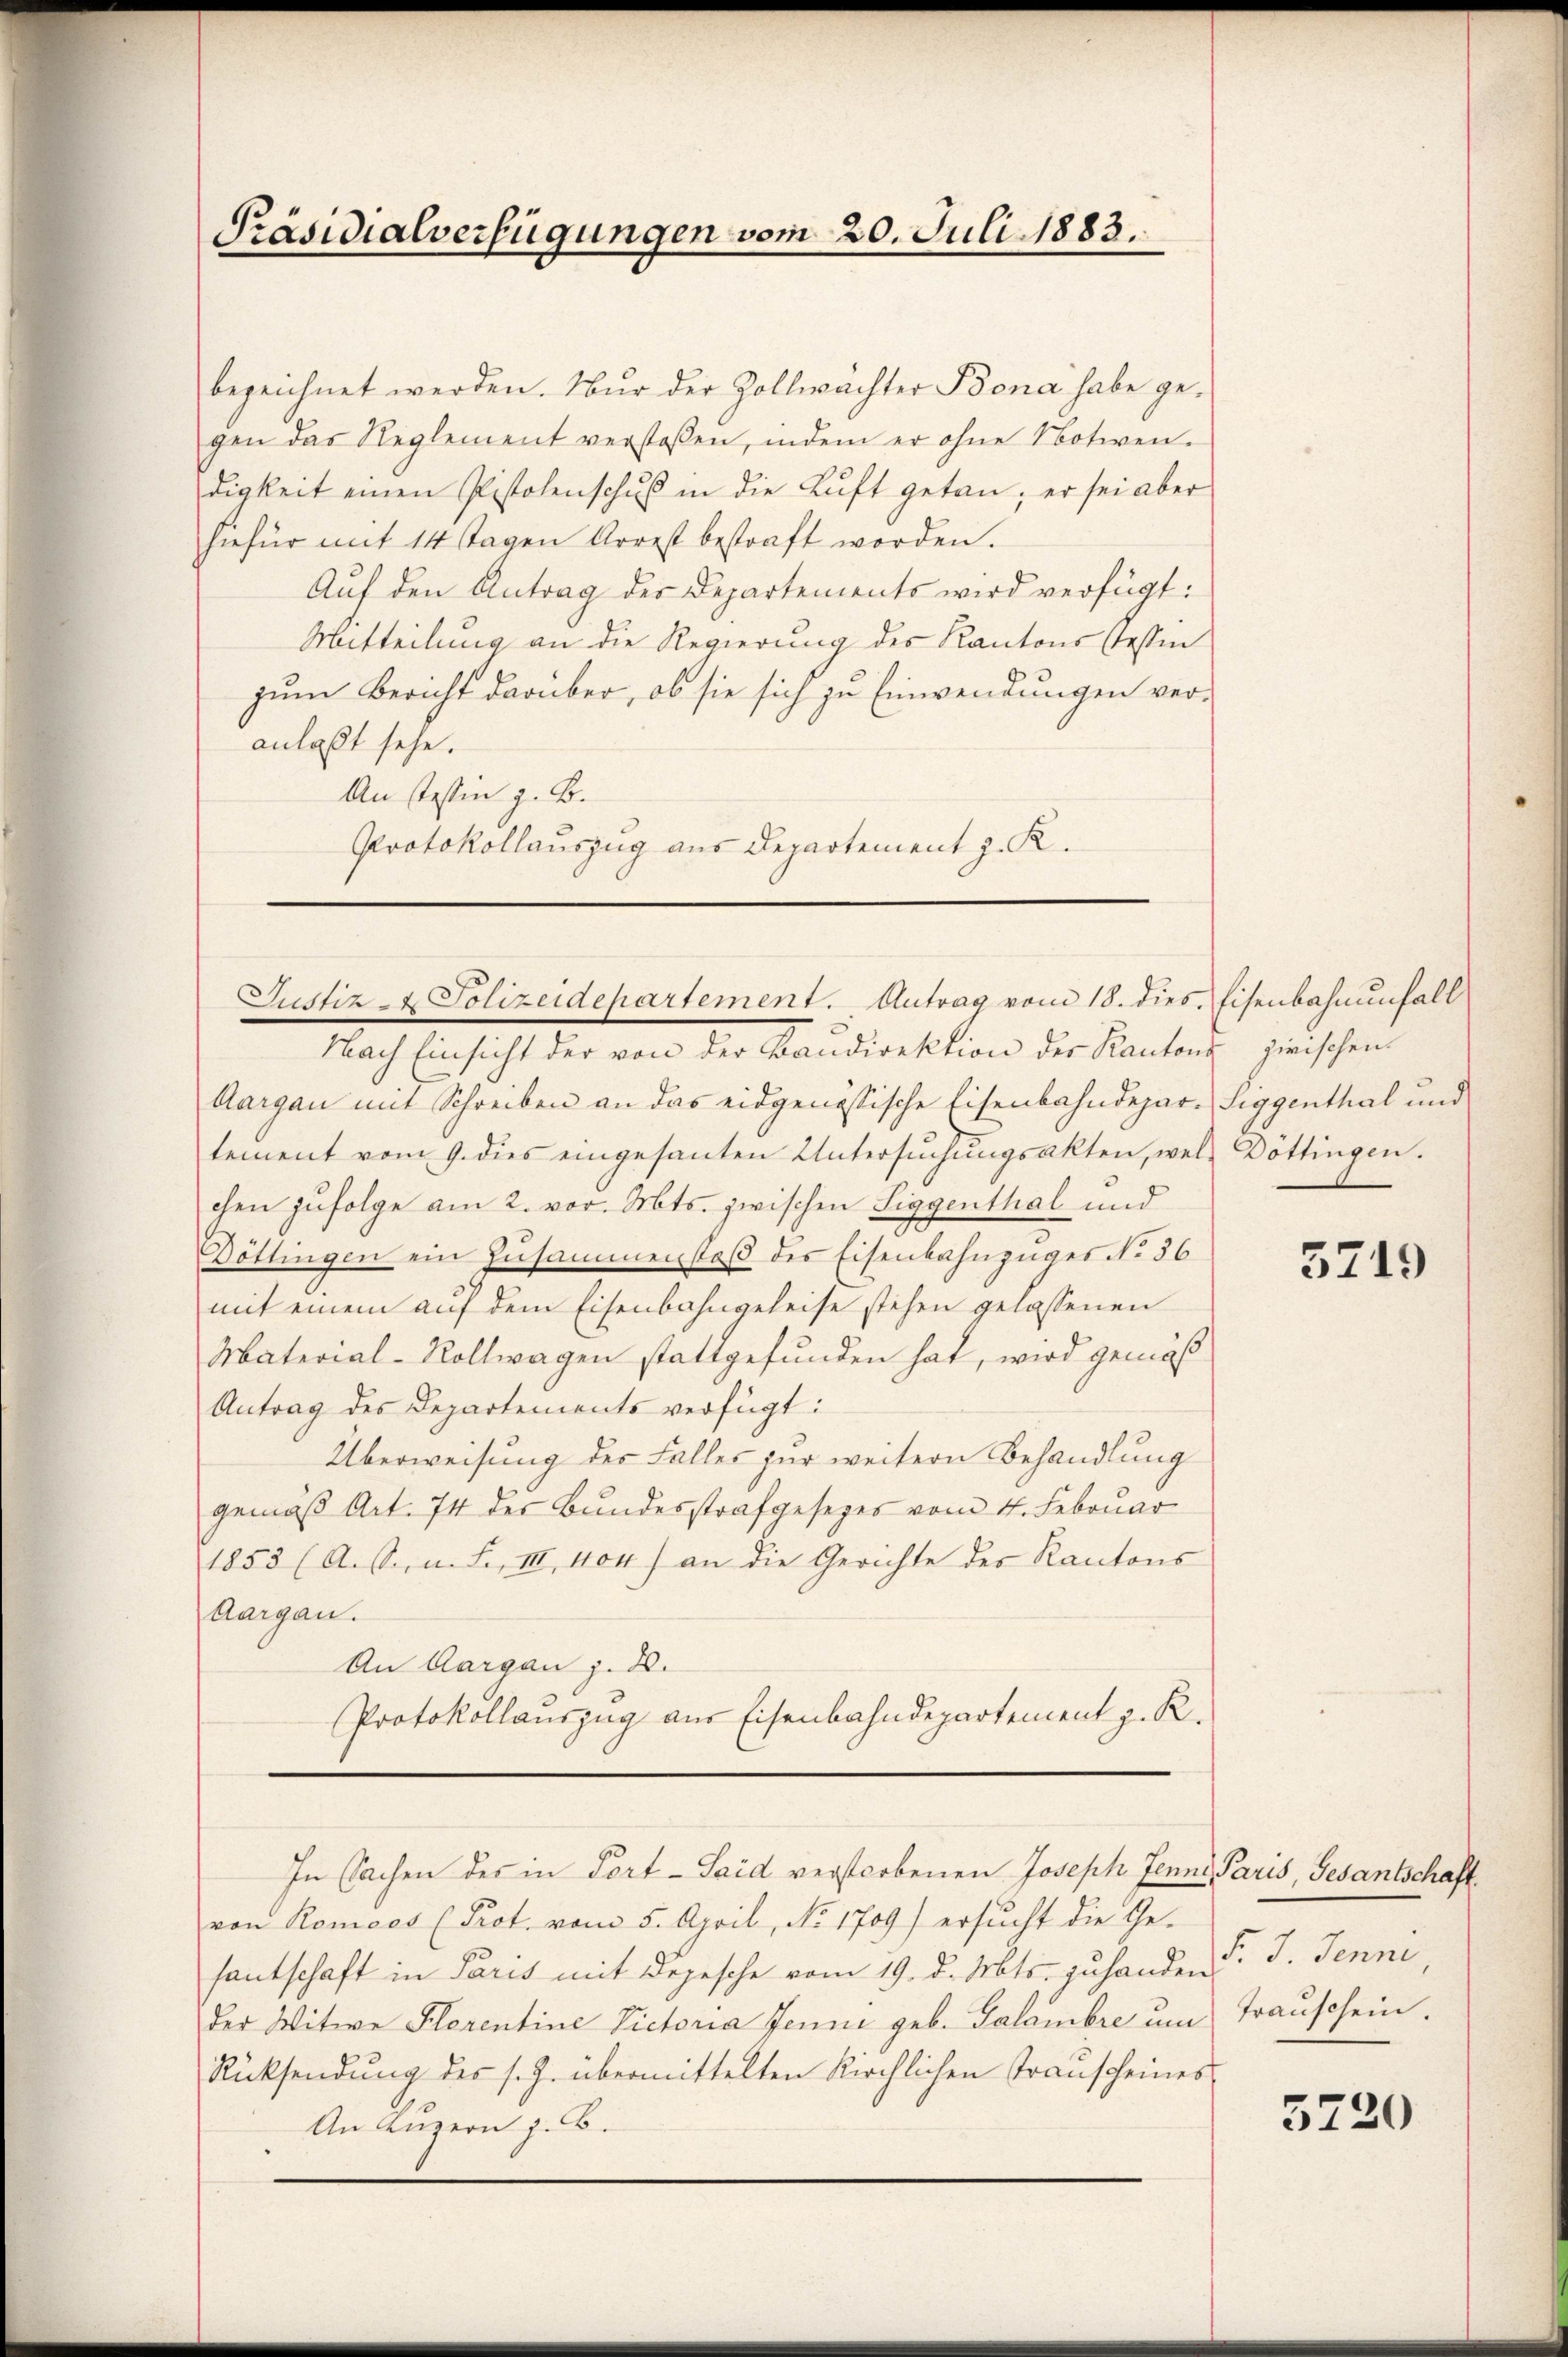
bezeichnet werden. Nur der Zollwächter Bona habe gegen das Reglement verstoßen, indem er ohne Notwen-
digkeit einen Pistolenschuß in die Luft getan, er sei aber
hiefür mit 14 Tagen Arrest bestraft worden.
Auf den Antrag des Departements wird verfügt:
Mitteilung an die Regierung des Kantons Tessin
zum Bericht darüber, ob sie sich zu Einwendungen ver-
anlaßt sehe.
An Tessin z. B.
Protokollauszug aus Departement z. K.

Präsidialverfügungen vom 20. Juli 1883.

Justiz- & Polizeidepartement. Antrag vom 18. dies. Eisenbahnenfall

Nach Einsicht der von der Bandirektion der Kantons zwischen
Aargau mit Schreiben an das eidgenössische Eisenbahndepar-Siggenthal und
tement vom 9. dies eingesanten Untersŭchŭngsakten, wel- Döttingen.
chen zufolge am 2. vor. Mts. zwischen Siggenthal und
Döttingen ein Zusammenstoß des Eisenbahnzuges No 36
mit einem auf dem Eisenbahngeleise stehen gelassenen
Material-Rollwagen stattgefunden hat, wird gemäß
Antrag des Departements verfügt:
Überweisung des Falles zur weitern Behandlung
gemäß Art. 74 der Bundesstrafgesezes vom 4. Februar
1853 (A. S. n. F. III 404) an die Gerichte der Kantons
Aargau.
An Aargau z. B.
Protokollauszug aus Eisenbahndepartement z. R.

In Sachen des in Fort-Said verstorbenen Joseph Jenne Paris, Gesantschaft

von Romoos (Prot. vom 5. April, No 1709) ersucht die Gefantschaft in Paris mit Depesche vom 19. d. Mts. zuhanden
der Witwe Florentine Victoria Jenne geb. Galambre um Trauschein.
Rücksendung des s. Z. übermittelten Kirchlichen Trauscheines
An Luzern z. B.

5719

F. J. Jenne,

5720